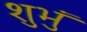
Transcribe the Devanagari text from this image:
शुभुं